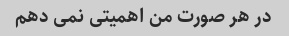
در هر صورت من اهمیتی نمی دهم